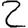
Digit: 2